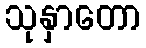
သုနှာတော